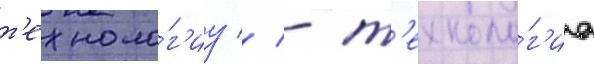
т'ехноло́г'иу // - т'ехноло́г'иа